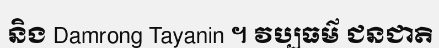
និង Damrong Tayanin ។ វប្បធម៌ ជនជាតិ